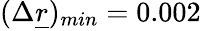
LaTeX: (\Delta\underline{{r}})_{min}=0.002